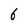
Character: 6